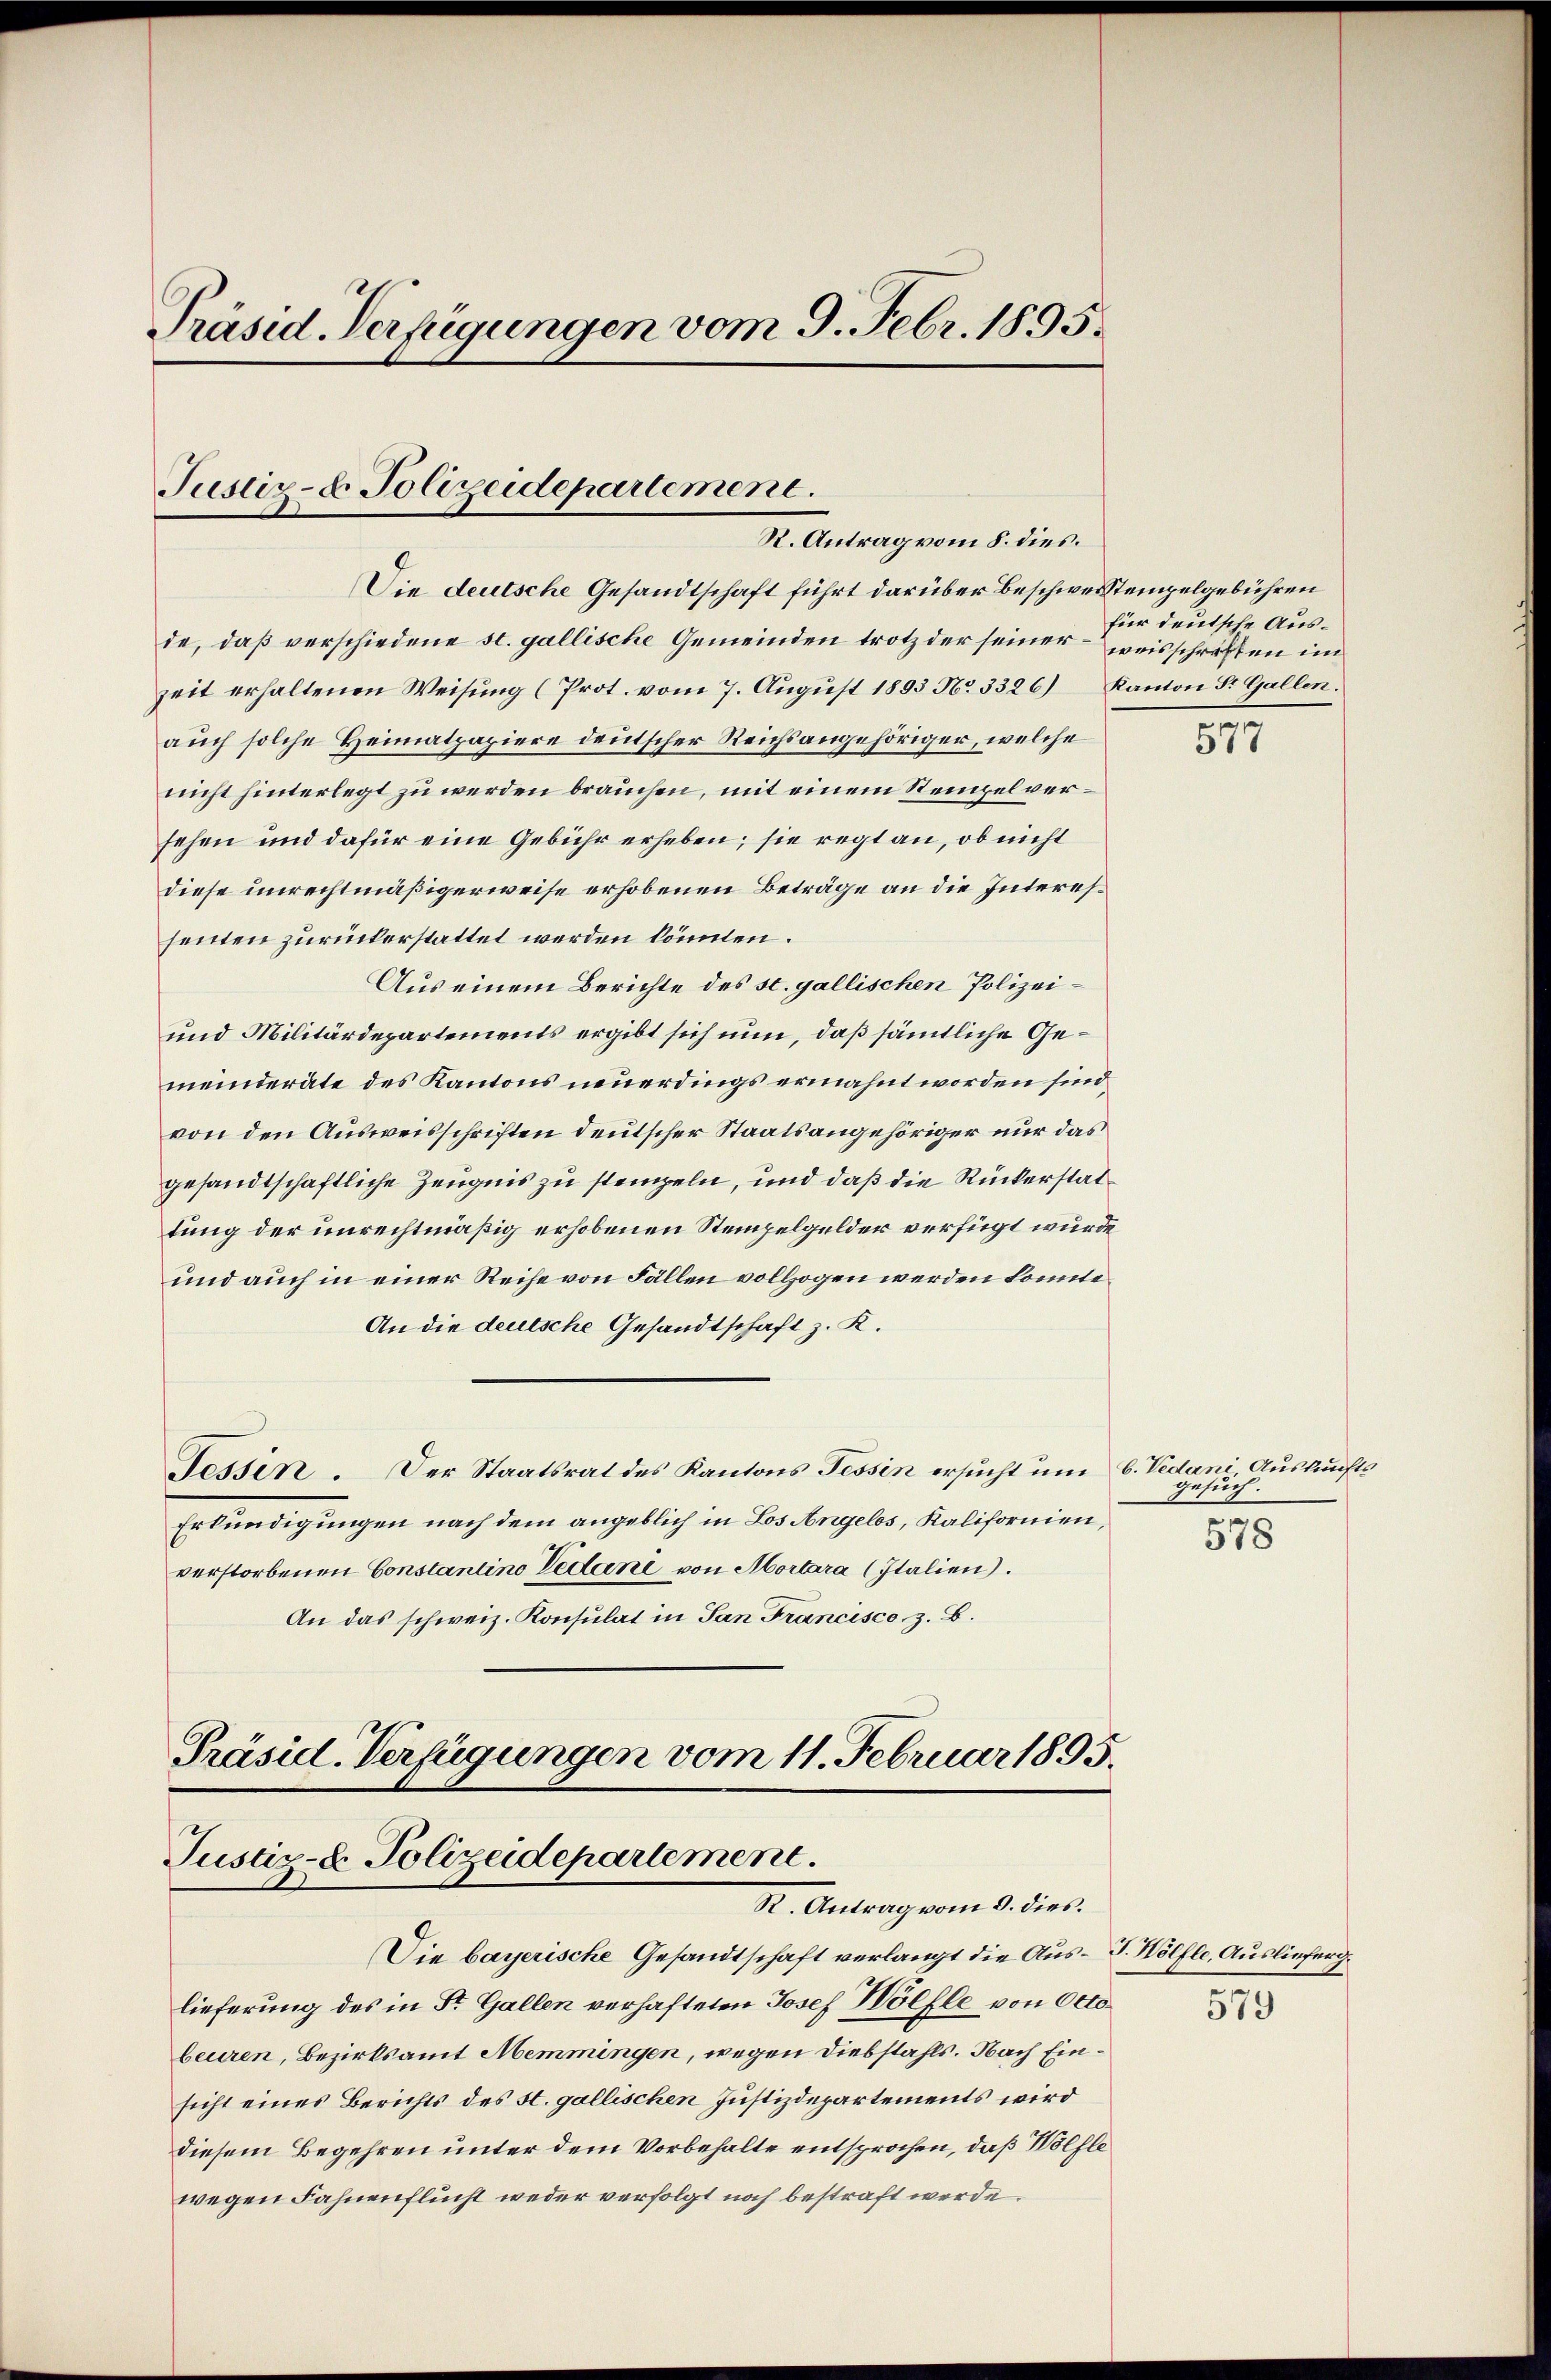
Präsid. Verfügungen vom 9. Febr. 1895.

Justiz- & Polizeidepartement.
R. Antrag vom 8. dies.

Die deutsche Gesandtschaft führt darüber beschweitempelgebühren
de, daß verschiedene st. gallische Gemeinden trotz der seiner preisschriften im
zeit erhaltenen Weisung (Prot. vom 7. August 1893 No 3326) Kanton St. Gallen.
auch solche Heimatpapiere deutscher Reichsangehöriger, welche
nicht hinterlegt zu werden brauchen, mit einem Stempel versehen und dafür eine Gebühr erheben; sie regt an, ob nicht
diese unrechtmäßigerweise erhobenen Beträge an die Interessenten zurückerstattet werden könnten.
Aus einem Berichte des st. gallischen Polizei¬
und Militärdepartements ergibt sich nun, daß sämmtliche Gemeinderäte des Kantons neuerdings ermahnt worden sind,
von den Ausweisschriften deutscher Staatsangehöriger nur das
gesandtschaftliche Zeugnis zu stempeln, und daß die Rückerstattung der unrechtmäßig erhobenen Stempelgelder verfügt wurde,
und auch in einer Reihe von Fällen vollzogen werden könnte
An die deutsche Gesandtschaft z. R.
Tessin. Der Staatsrat des Kantons Tessin ersucht um 6. Vedani Auskunfts
Erkundigungen nach dem angeblich in Los Angelos, Kalifornien,
verstorbenen Constantino Vidani von Mortara (Italien).
An das schweiz. Konsulat in San Francisco z. B.

Präsid. Verfügungen vom 11. Februar 1895.
Justiz- & Polizeidepartement.
R. Antrag vom 3. dies.

Die bayerische Gesandtschaft verlangt die Aus-G. Wölfle, Auslieferg
lieferung des in Str. Gallen verhafteten Josef Wölfle von Otto.
beuren, Bezirksamt Memmingen, wegen Diebstahls. Nach Einsicht eines Berichts des St. gallischen Justizdepartements wird
diesem Begehren unter dem Vorbehalte entsprochen, daß Wölfle
wegen Fahnenflucht weder verfolgt noch bestraft werde.

für deutsche Aus¬

gesuch.

577

578

579